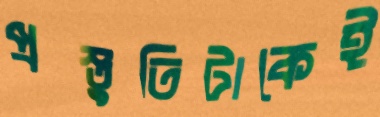
প্রস্তুতিটাকেই